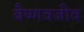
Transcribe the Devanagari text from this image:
बैष्णवजीव